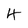
Character: 4